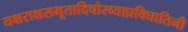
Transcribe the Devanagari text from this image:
यक्षराक्षसभूतादिचोरव्याघ्रविघातिनी